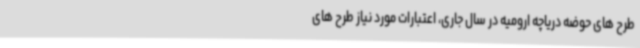
طرح های حوضه دریاچه ارومیه در سال جاری، اعتبارات مورد نیاز طرح های